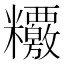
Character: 𥽶